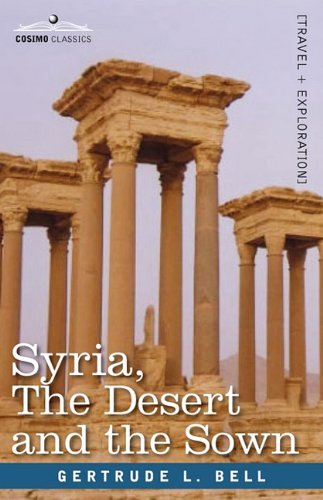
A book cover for Syria, the Desert and the Sown; Gertrude L. Bell; Travel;